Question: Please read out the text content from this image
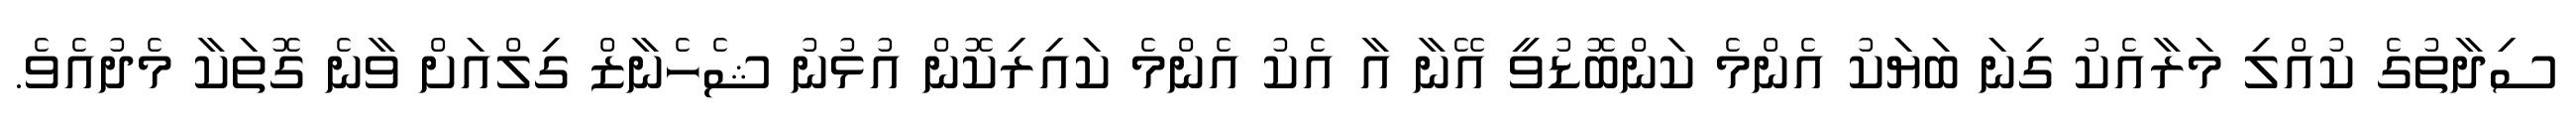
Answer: ސިދާތުގެ ކުއްލި މަރާއެކު ގިނަ ބަޔަކު އެންމެ ކަންބޮޑުވީ އޭނާ އާ އެކު އެންމެ ކައިރިކޮން އުޅުނު ޝެހެނާޒް ގިލްއަށް ވާނެ ގޮތަކާ މެދުއެވެ.